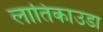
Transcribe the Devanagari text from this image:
लातिकाउडा